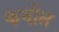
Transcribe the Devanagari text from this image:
कमील